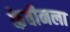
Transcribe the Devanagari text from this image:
केबीनला